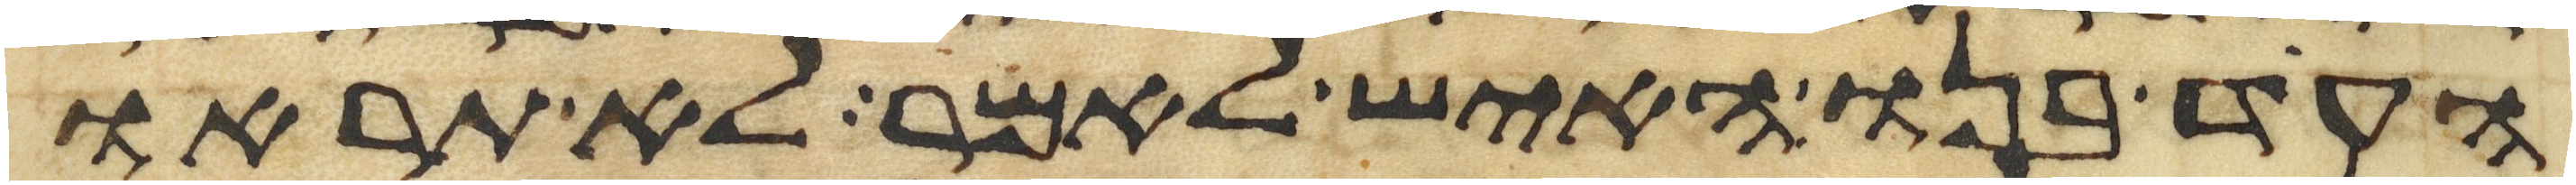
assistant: העד בנו האיש לאמר לא תראו